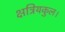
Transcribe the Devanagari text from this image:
क्षत्रियकुल।